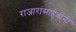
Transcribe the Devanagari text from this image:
राजारांसाहेबांनी